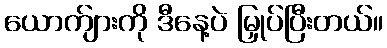
ယောက်ျားကို ဒီနေ့ပဲ မြှုပ်ပြီးတယ်။